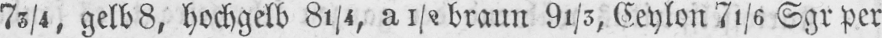
73/4 gelb 8, hochgelb 81/4, a 1/2 braun 91/3, Ceylon 71/6 Sgr per